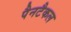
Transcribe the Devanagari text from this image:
पैनटैकल